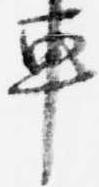
車